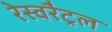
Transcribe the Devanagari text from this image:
रेस्वरैट्रल